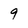
Character: 9